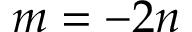
m = - 2 n